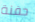
حفنة